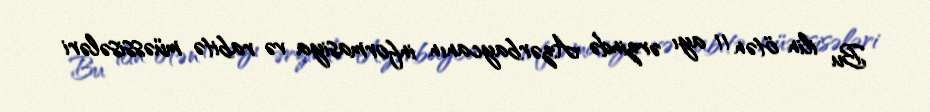
Bu ilin ötən 11 ayı ərzində Azərbaycanın informasiya və rabitə müəssisələri